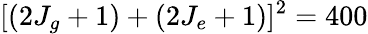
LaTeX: [(2J_{g}+1)+(2J_{e}+1)]^{2}=400